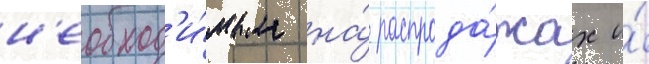
н'еобход'и́мым на́ распрода́жах и́